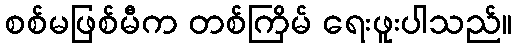
စစ်မဖြစ်မီက တစ်ကြိမ် ရေးဖူးပါသည်။